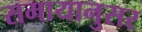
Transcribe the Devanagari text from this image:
समायानुसर